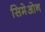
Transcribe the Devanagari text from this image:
सिमेओन